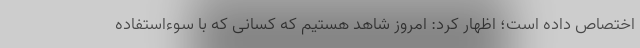
اختصاص داده است؛ اظهار کرد: امروز شاهد هستیم که کسانی که با سوءاستفاده